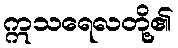
ဣသရေလတို့၏